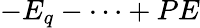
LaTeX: -E_{q}-\cdots+PE